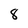
Character: 8